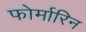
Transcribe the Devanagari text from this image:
फोर्मारिन